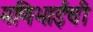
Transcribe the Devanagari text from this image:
मणिभाईंची